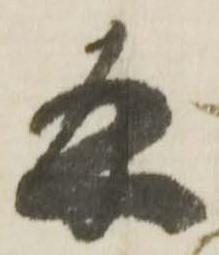
幷